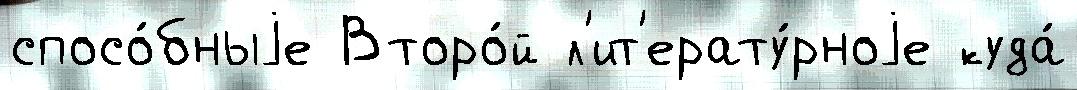
спосо́бныjе Второ́й л'ит'ерату́рноjе куда́